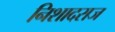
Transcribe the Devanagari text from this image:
निशादराज